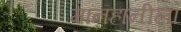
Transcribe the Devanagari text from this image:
मानहानीला